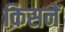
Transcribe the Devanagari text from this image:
किसनें